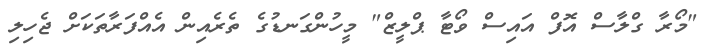
"މޯރާ ގްލާސް އޮފް އައިސް ވޯޓާ ޕްލީޒް" މީހުންގަނޑުގެ ތެރެއިން އެއްފަރާތަކަށް ޖެހިލި